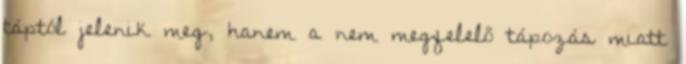
táptól jelenik meg, hanem a nem megfelelő tápozás miatt